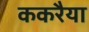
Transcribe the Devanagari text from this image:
ककरैया